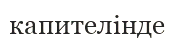
капителінде